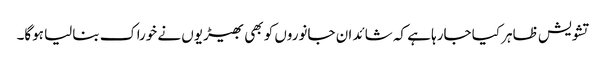
تشویش ظاہر کیا جارہا ہے کہ شائد ان جانوروں کو بھی بھیڑیوں نے خوراک بنالیا ہوگا۔